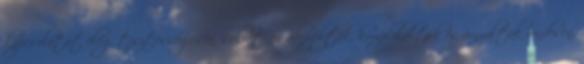
kapcsolatát elég tisztességesen, sokrétűen ábrázolták, komplikálták és árnyalták rendesen,